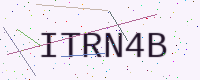
Text: ITRN4B